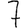
Digit: 7